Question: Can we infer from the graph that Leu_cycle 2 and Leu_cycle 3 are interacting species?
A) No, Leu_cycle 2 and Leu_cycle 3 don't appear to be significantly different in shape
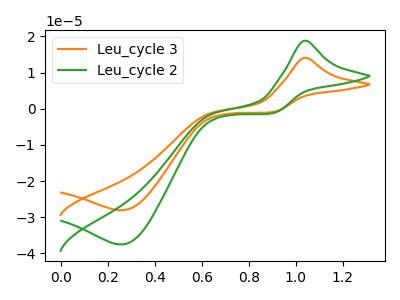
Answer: <think>The orange curve "Leu_cycle 3" has an anodic peak at (1.05V, 14.05uA) and a cathodic peak at (0.25V, -28.10uA). The green curve "Leu_cycle 2" has an anodic peak at (1.05V, 18.80uA) and a cathodic peak at (0.25V, -37.55uA).
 All the peaks in "Leu_cycle 2" have a peak in "Leu_cycle 3" at the same potential. Every peak in "Leu_cycle 2" is higher than every peak in "Leu_cycle 3".</think>
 <answer>A) No, "Leu_cycle 2" and "Leu_cycle 3" don't appear to be significantly different in shape</answer>
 <eval>A</eval>